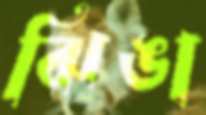
ঝিঙা